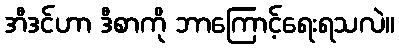
အီဒင်ဟာ ဒီစာကို ဘာကြောင့်ရေးရသလဲ။